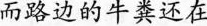
而路边的牛粪还在